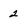
Character: 2